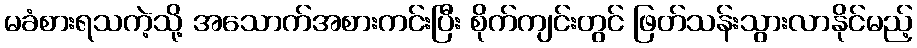
မခံစားရသကဲ့သို့ အသောက်အစားကင်းပြီး စိုက်ကျင်းတွင် ဖြတ်သန်းသွားလာနိုင်မည့်